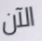
الآن